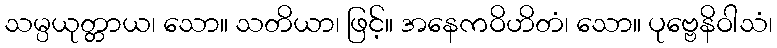
သမ္ပယုတ္တာယ၊ သော။ သတိယာ၊ ဖြင့်။ အနေကဝိဟိတံ၊ သော။ ပုဗ္ဗေနိဝါသံ၊